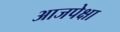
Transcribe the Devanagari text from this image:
आजपेक्षा